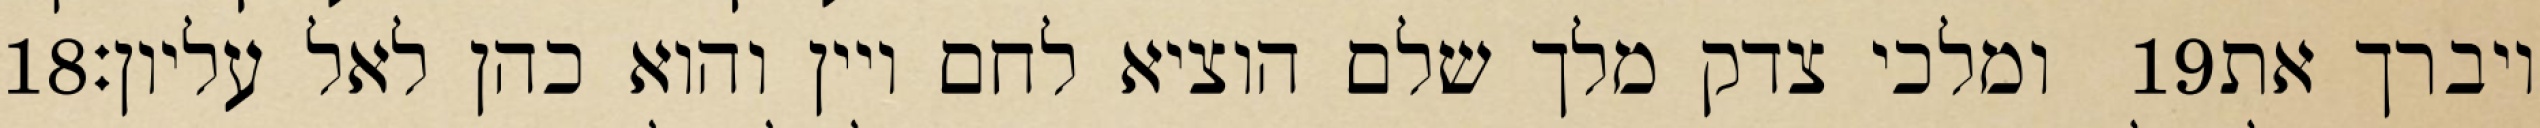
‎18‏ ומלכי צדק מלך שלם הוציא לחם ויין והוא כהן לאל עליון׃ ‎19‏ ויברך את